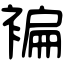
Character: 褊